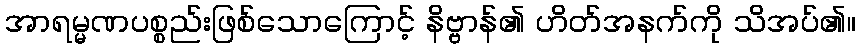
အာရမ္မဏပစ္စည်းဖြစ်သောကြောင့် နိဗ္ဗာန်၏ ဟိတ်အနက်ကို သိအပ်၏။